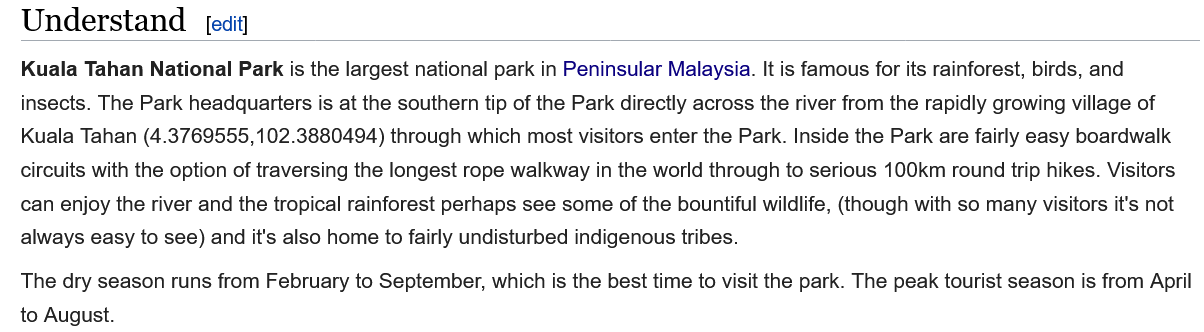
[edit] Understand
   Kuala Tahan National Park is the largest national park in Peninsular Malaysia. It is famous for its rainforest, birds, and
   insects. The Park headquarters is at the southern tip of the Park directly across the river from the rapidly growing village of
   Kuala Tahan (4.3769555,102.3880494) through which most visitors enter the Park. Inside the Park are fairly easy boardwalk
  circuits with the option of traversing the longest rope walkway in the world through to serious 100km round trip hikes. Visitors
  can enjoy the river and the tropical rainforest perhaps see some of the bountiful wildlife, (though with so many visitors it's not
  always easy to see) and it's also home to fairly undisturbed indigenous tribes.
  The dry season runs from February to September, which is the best time to visit the park. The peak tourist season is from April
  to August.